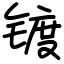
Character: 镀